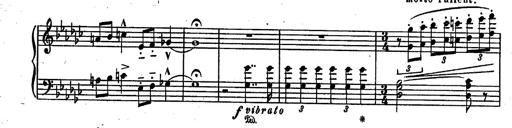
Title: RÃ©miniscences des Huguenots
Composer: Franz Liszt